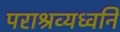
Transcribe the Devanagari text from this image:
पराश्रव्यध्वनि